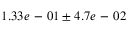
1 . 3 3 e \mathrm { ~ - ~ } 0 1 \pm 4 . 7 e \mathrm { ~ - ~ } 0 2